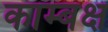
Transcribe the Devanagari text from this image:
काम्बक्ष